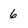
Character: 6